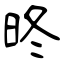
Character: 昸